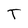
Character: T